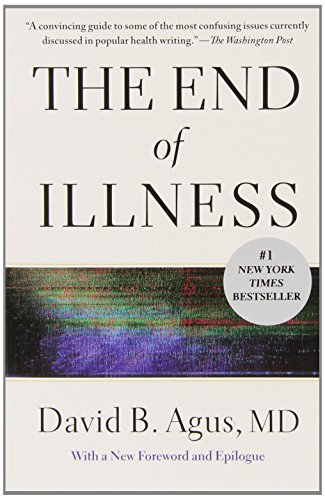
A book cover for The End of Illness; David B. Agus M.D.; Health, Fitness & Dieting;